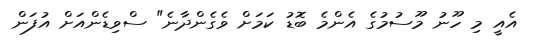
އެއީ މި ހޫނު މޫސުމުގެ އެންމެ ބޮޑު ކަމަށް ވެގެންދާނެ" ސްވިޑެންއަށް އުފަން